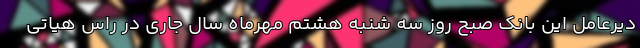
دیرعامل این بانک صبح روز سه شنبه هشتم مهرماه سال جاری در راس هیاتی